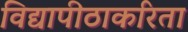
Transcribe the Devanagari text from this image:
विद्यापीठाकरिता